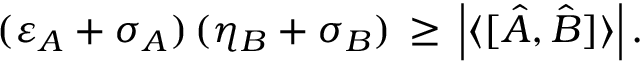
( \varepsilon _ { A } + \sigma _ { A } ) \, ( \eta _ { B } + \sigma _ { B } ) \, \geq \, \left| \langle [ { \hat { A } } , { \hat { B } } ] \rangle \right| .